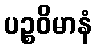
ပဉ္စဝိမာနံ